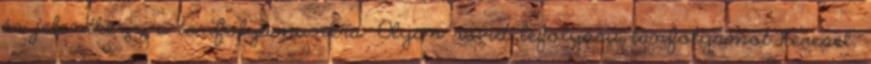
és jelentkezz a tanfolyamunkra: Olyan rövid lefolyású tanfolyamot keresel,